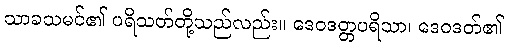
သာခသမင်၏ ပရိသတ်တို့သည်လည်း။ ဒေဝဒတ္တပရိသာ၊ ဒေဝဒတ်၏